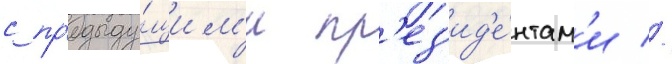
с пр'едыду́щим'и пр'ез'ид'е́нтам'и //